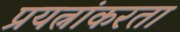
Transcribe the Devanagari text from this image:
प्रयत्नांकरता